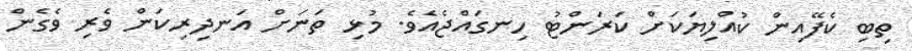
ތިބި ކެފޭއިން ކުއްލިޔަކަށް ކަރަންޓު ހިނގައްޖެއެވެ. މުޅި ތަނަށް އަނދިރިކަން ވެރި ވެގެން